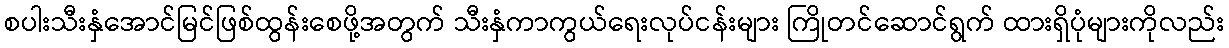
စပါးသီးနှံအောင်မြင်ဖြစ်ထွန်းစေဖို့အတွက် သီးနှံကာကွယ်ရေးလုပ်ငန်းများ ကြိုတင်ဆောင်ရွက် ထားရှိပုံများကိုလည်း